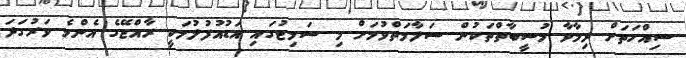
ސިއްހަތަށް ދިމާވާ މުސީބާތްތަކުން ސަލާމަތްވުމަށް މި ސަމިޓުގައި އަޑުއުފުލުމަކީ ރާއްޖޭގެ އެންމެ ވަރުގަދަ